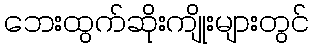
ဘေးထွက်ဆိုးကျိုးများတွင်